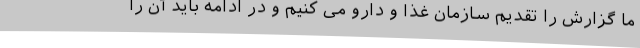
ما گزارش را تقدیم سازمان غذا و دارو می کنیم و در ادامه باید آن را